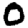
Digit: 0